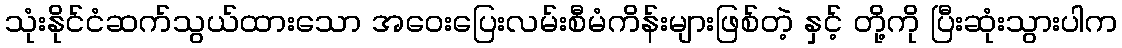
သုံးနိုင်ငံဆက်သွယ်ထားသော အဝေးပြေးလမ်းစီမံကိန်းများဖြစ်တဲ့ နှင့် တို့ကို ပြီးဆုံးသွားပါက